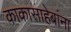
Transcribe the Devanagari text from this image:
काकासाहेबांना